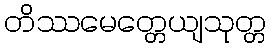
တိဿမေတ္တေယျသုတ္တ